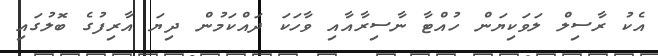
އެކު ރާސިލް ލަވަކިޔަން ހުއްޓާ ނާސިރާއާއި ވާހަކަ ދައްކަމުން ދިޔަ އާރިފުގެ ބޮލުގައި